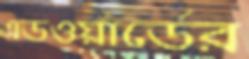
এডওয়ার্ডের